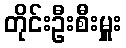
တိုင်းဦးစီးမှူး